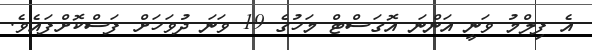
އެ ފިލްމު ވަނީ އަންނަ އޮގަސްޓް މަހުގެ 19 ވަނަ ދުވަހަށް ފަސްކޮށްފައެވެ.